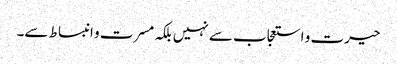
حیرت و استعجاب سے نہیں بلکہ مسرت و انبساط سے۔